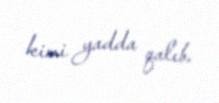
kimi yadda qalıb.